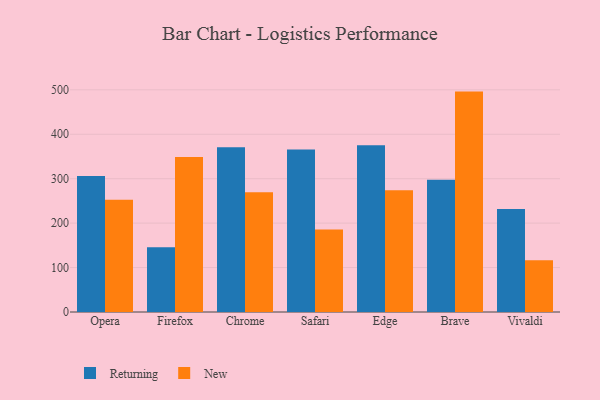
{"axis": {"x": "Browser", "y": "Headcount"}, "legend": ["New", "Returning"], "data": [{"x": "Opera", "y": 306.1, "type": "Returning"}, {"x": "Opera", "y": 252.8, "type": "New"}, {"x": "Firefox", "y": 145.8, "type": "Returning"}, {"x": "Firefox", "y": 349.1, "type": "New"}, {"x": "Chrome", "y": 370.5, "type": "Returning"}, {"x": "Chrome", "y": 269.4, "type": "New"}, {"x": "Safari", "y": 365.9, "type": "Returning"}, {"x": "Safari", "y": 185.7, "type": "New"}, {"x": "Edge", "y": 375.2, "type": "Returning"}, {"x": "Edge", "y": 274.2, "type": "New"}, {"x": "Brave", "y": 297.7, "type": "Returning"}, {"x": "Brave", "y": 496.0, "type": "New"}, {"x": "Vivaldi", "y": 231.9, "type": "Returning"}, {"x": "Vivaldi", "y": 116.2, "type": "New"}]}